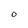
Character: O